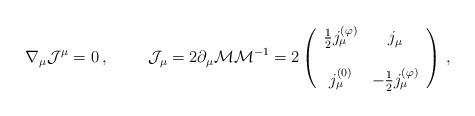
LaTeX: \begin{align*}\nabla_{\mu}{\cal J}^{\mu}=0\, ,\hspace{1cm}{\cal J}_{\mu}= 2\partial_{\mu}{\cal M} {\cal M}^{-1}=2\left(\begin{array}{cc}\frac{1}{2}j_{\mu}^{(\varphi)} & j_{\mu} \\& \\j_{\mu}^{(0)} & -\frac{1}{2}j_{\mu}^{(\varphi)} \\\end{array}\right)\, ,\end{align*}